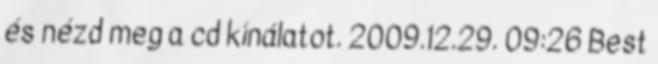
és nézd meg a cd kínálatot. 2009.12.29. 09:26 Best